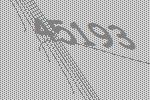
45193